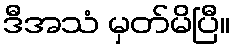
ဒီအသံ မှတ်မိပြီ။